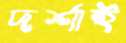
দর্শাই